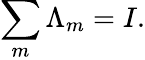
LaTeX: \sum_{m}\Lambda_{m}=I.